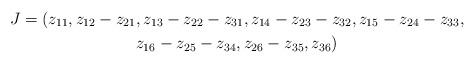
LaTeX: \begin{gather*}J=(z_{11},z_{12}-z_{21},z_{13}-z_{22}-z_{31},z_{14}-z_{23}-z_{32},z_{15}-z_{24}-z_{33},\\z_{16}-z_{25}-z_{34},z_{26}-z_{35},z_{36})\end{gather*}